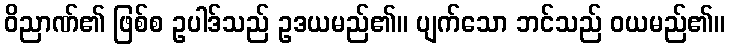
ဝိညာဏ်၏ ဖြစ်စ ဥပါဒ်သည် ဥဒယမည်၏။ ပျက်သော ဘင်သည် ဝယမည်၏။